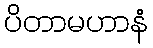
ပိတာမဟာနံ